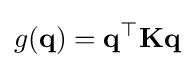
g(\mathbf {q} )=\mathbf {q} ^{\top }\mathbf {K} \mathbf {q}